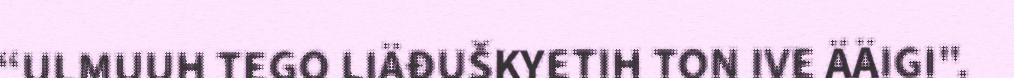
“ULMUUH TEGO LIÄĐUŠKYETIH TON IVE ÄÄIGI".